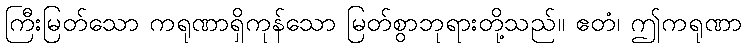
ကြီးမြတ်သော ကရုဏာရှိကုန်သော မြတ်စွာဘုရားတို့သည်။ ဧတံ၊ ဤကရုဏာ